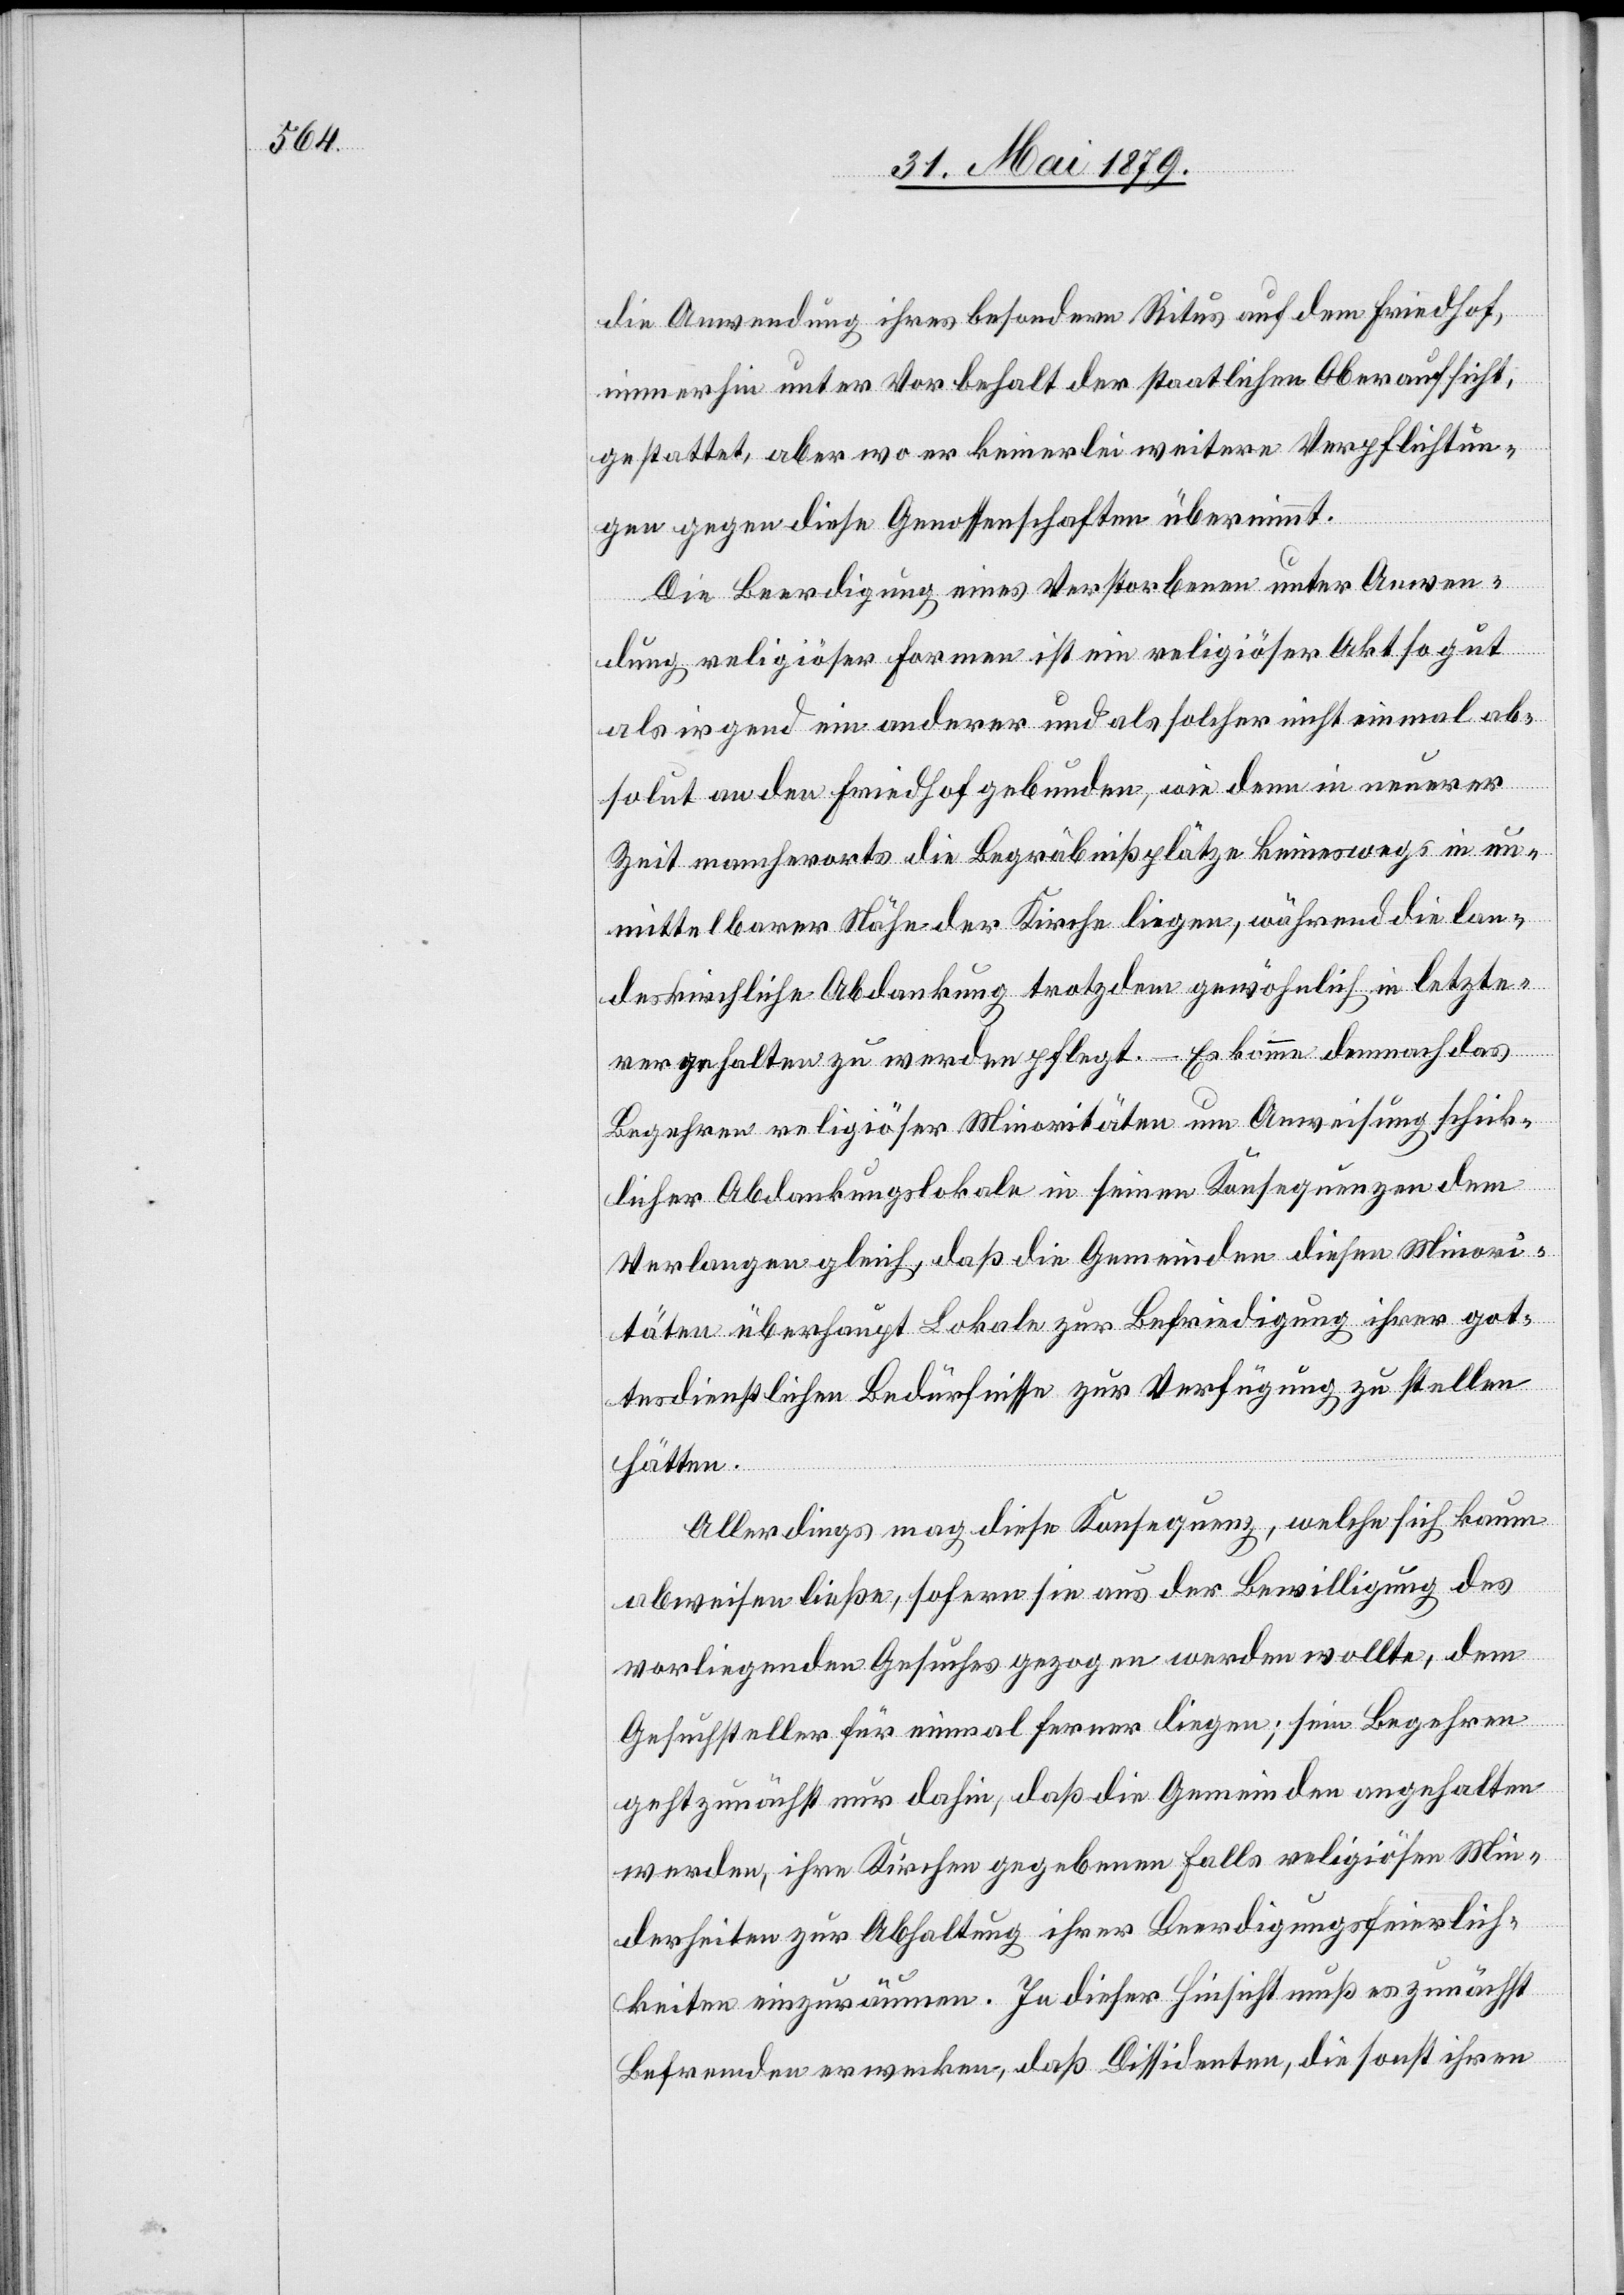
die Anwendung ihres besondern Ritus auf dem Friedhof,
immerhin unter Vorbehalt der staatlichen Oberaufsicht,
gestattet, aber wo er keinerlei weitere Verpflichtun¬
gen gegen diese Genossenschaften übernimmt.
Die Beerdigung eines Verstorbenen unter Anwen¬
dung religiöser Formen ist ein religiöser Akt so gut
als irgend ein anderer und als solcher nicht einmal ab¬
solut an den Friedhof gebunden, wie denn in neuerer
Zeit mancherorts die Begräbnißplätze keineswegs in un¬
mittelbarer Nähe der Kirche liegen, während die lan¬
deskirchliche Abdankung trotzdem gewöhnlich in letzte¬
rer gehalten zu werden pflegt. – Es komme demnach das
Begehren religiöser Minoritäten um Anweisung schick¬
licher Abdankungslokale in seinen Konsequenzen dem
Verlangen gleich, daß die Gemeinden diesen Minori¬
täten überhaupt Lokale zur Befriedigung ihrer got¬
tesdienstlichen Bedürfnisse zur Verfügung zu stellen
hätten.
Allerdings mag diese Konsequenz, welche sich kaum
abweisen ließe, sofern sie aus der Bewilligung des
vorliegenden Gesuches gezogen werden wollte, dem
Gesuchsteller für einmal ferner liegen; sein Begehren
geht zunächst nur dahin, daß die Gemeinden angehalten
werden, ihre Kirchen gegebenen Falls religiösen Min¬
derheiten zur Abhaltung ihrer Beerdigungsfeierlich¬
keiten einzuräumen. In dieser Hinsicht muß es zunächst
Befremden erwecken, daß Dissidenten, die sonst ihren